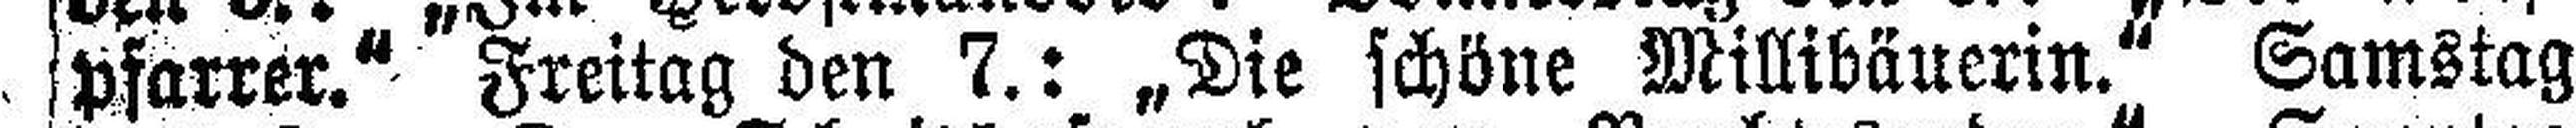
pfarrer.“ Freitag den 7.: „Die schöne Millibäuerin.“ Samstag